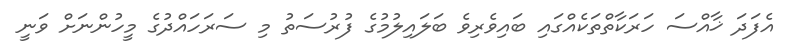
އެފަދަ ޚާއްސަ ހަރަކާތްތަކެއްގައި ބައިވެރިވެ ބަލައިލުމުގެ ފުރުސަތު މި ސަރަހައްދުގެ މީހުންނަށް ވަނީ